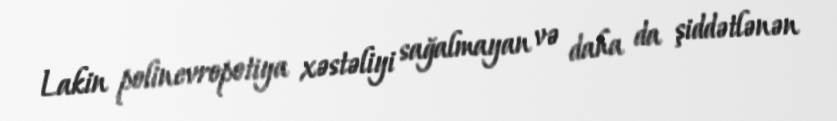
Lakin polinevropotiya xəstəliyi sağalmayan və daha da şiddətlənən